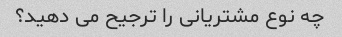
چه نوع مشتریانی را ترجیح می دهید؟